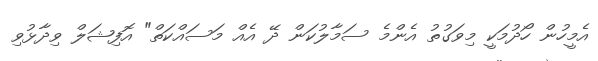
އެމީހުން ހޯދުމަކީ މިވަގުތު އެންމެ ސަމާލުކަން ދޭ އެއް މަސައްކަތް" އޮފިޝަލް ވިދާޅުވި